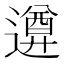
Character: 𨗕